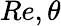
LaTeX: Re,\theta